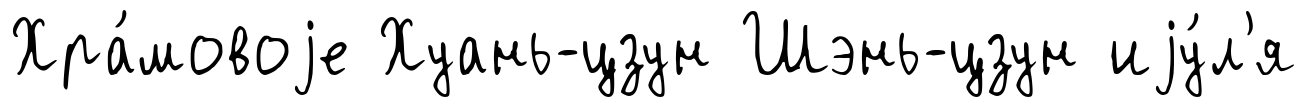
Хра́мовоjе Хуань-цзун Шэнь-цзун иjу́л'я